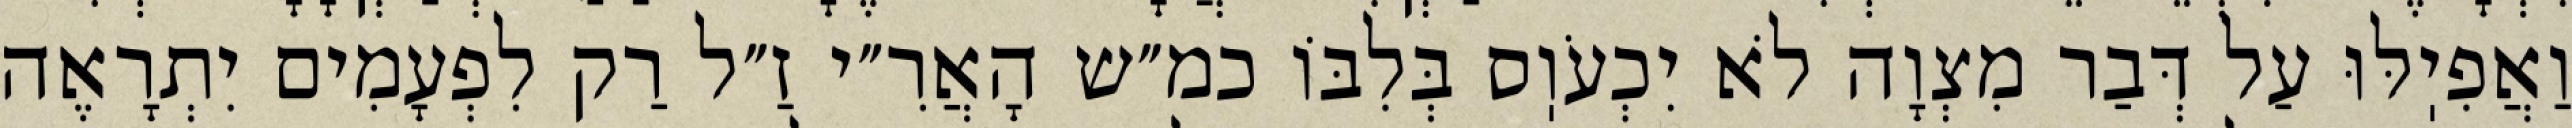
וַאֲפִיֽלּוּ עַל דְּבַר מִצְוָה לֹא יִכְעֹוֽס בְּלִבּוֹ כמ״ש הָאֲרִ״י זַ״ל רַק לִפְעָמִים יִתְרָאֶה